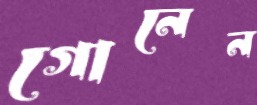
গোনেন